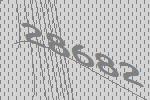
28682